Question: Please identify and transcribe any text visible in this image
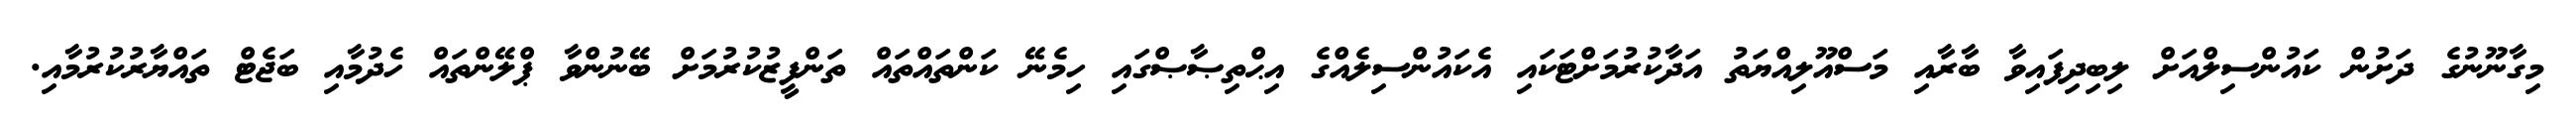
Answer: މިގާނޫނުގެ ދަށުން ކައުންސިލްއަށް ލިބިދިފައިވާ ބާރާއި މަސްއޫލިއްޔަތު އަދާކުރުމަށްޓަކައި އެކައުންސިލެއްގެ އިޙްތިޞާޞްގައި ހިމެނޭ ކަންތައްތައް ތަންފީޒުކުރުމަށް ބޭނުންވާ ޕްލޭންތައް ހެދުމާއި ބަޖެޓް ތައްޔާރުކުރުމާއި.